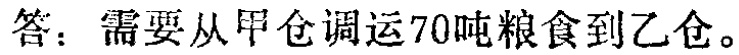
答：需要从甲仓调运70吨粮食到乙仓。